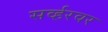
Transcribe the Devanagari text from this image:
सर्व्हरवर